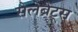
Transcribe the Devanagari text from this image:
सेलेब्रेट्स